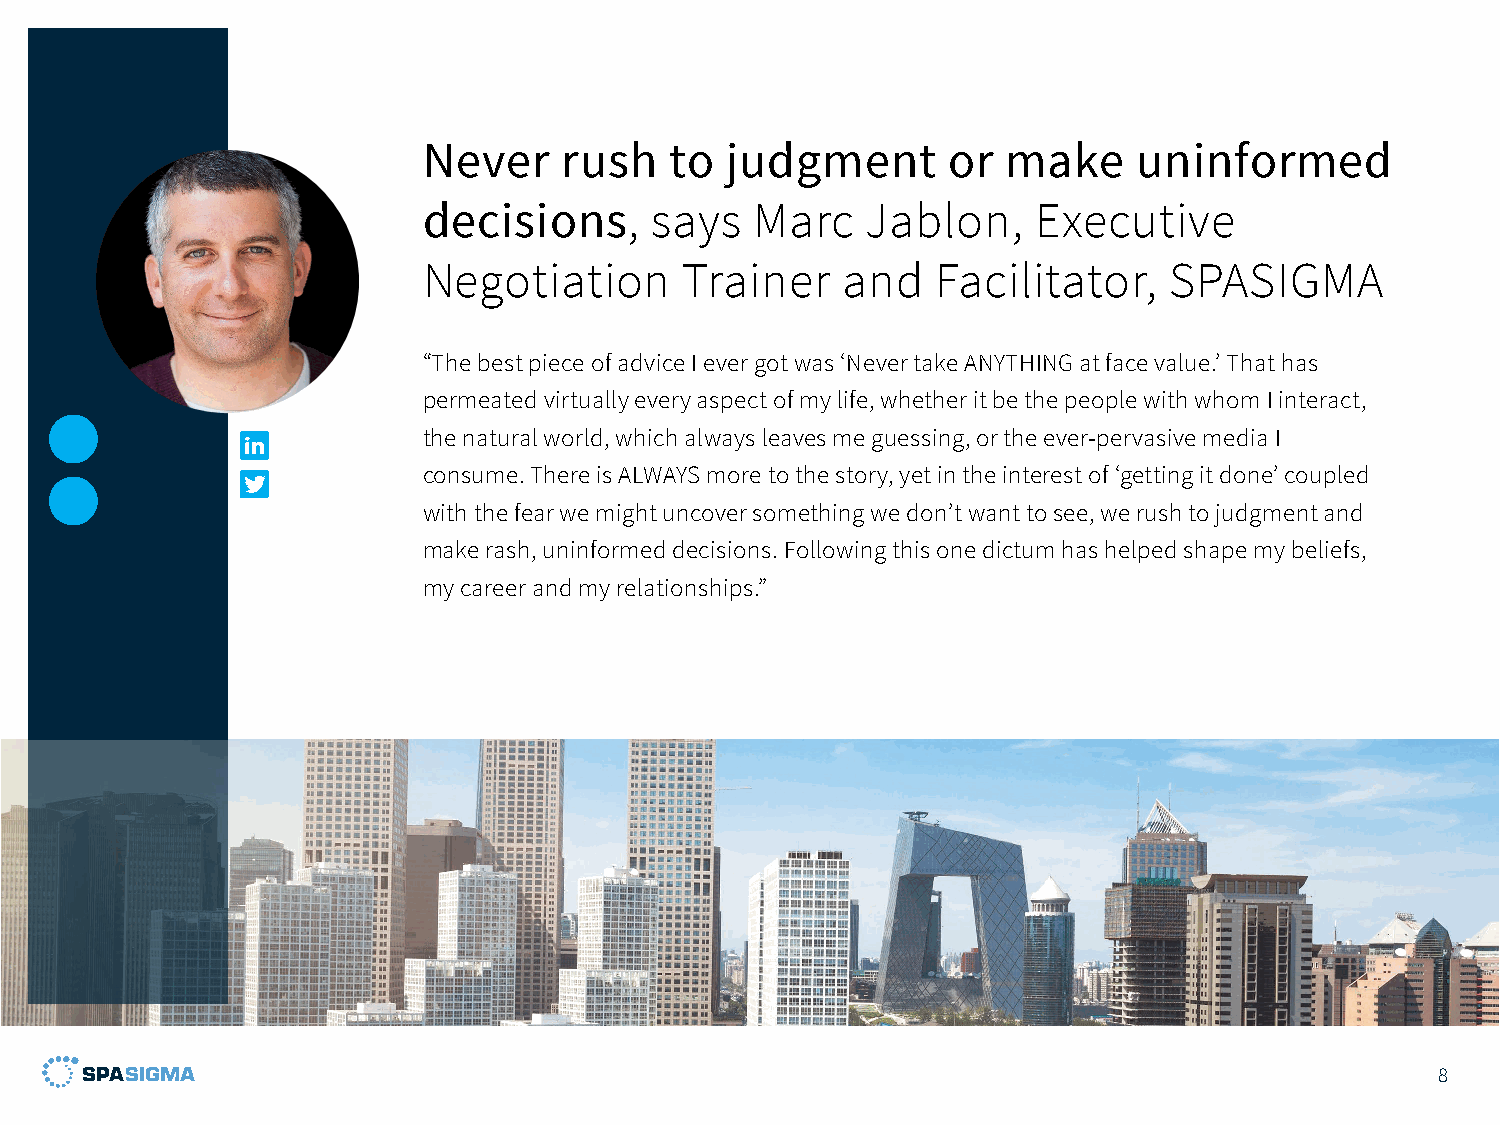
Never    rush   to  judgment       or  make    uninformed
 decisions,     says   Marc   Jablon,    Executive
 Negotiation      Trainer    and   Facilitator,   SPASIGMA
 “The best piece of advice I ever got was ‘Never take ANYTHING at face value.’ That has
 permeated virtually every aspect of my life, whether it be the people with whom I interact,
 the natural world, which always leaves me guessing, or the ever-pervasive media I
 consume. There is ALWAYS more to the story, yet in the interest of ‘getting it done’ coupled
 with the fear we might uncover something we don’t want to see, we rush to judgment and
 make rash, uninformed decisions. Following this one dictum has helped shape my beliefs,
 my career and my relationships.”
 8